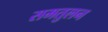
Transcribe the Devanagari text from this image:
समतुलन